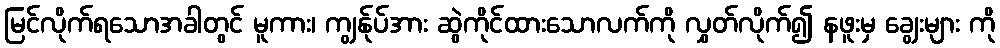
မြင်လိုက်ရသောအခါတွင် မူကား၊ ကျွန်ုပ်အား ဆွဲကိုင်ထားသောလက်ကို လွှတ်လိုက်၍ နဖူးမှ ချွေးများ ကို